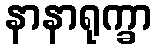
နာနာရုက္ခာ